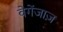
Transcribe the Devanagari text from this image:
वेगेंजाज़